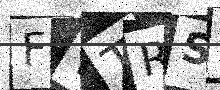
Text: FWTRSZ